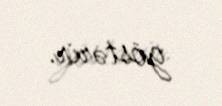
göstərir.